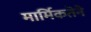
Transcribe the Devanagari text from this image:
मार्मिकतेने